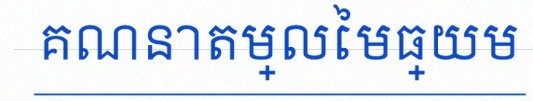
គណនាតម្លៃមធ្យម